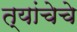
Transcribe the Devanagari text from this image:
त्यांचेचे